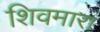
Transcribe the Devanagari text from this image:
शिवमारा